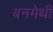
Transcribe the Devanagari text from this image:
बनमेथी